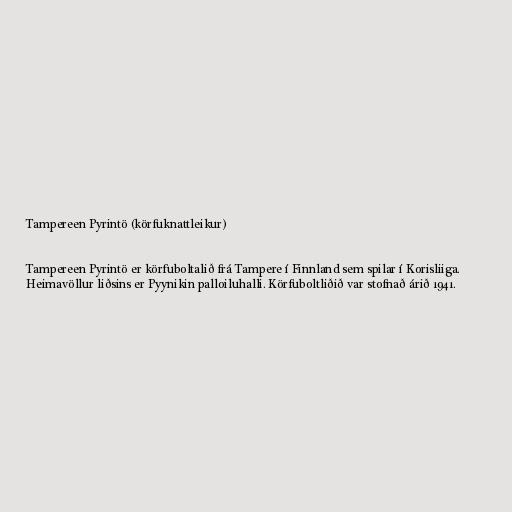
Tampereen Pyrintö (körfuknattleikur)

Tampereen Pyrintö er körfuboltalið frá Tampere í Finnland sem spilar í Korisliiga.
Heimavöllur liðsins er Pyynikin palloiluhalli. Körfuboltliðið var stofnað árið 1941.